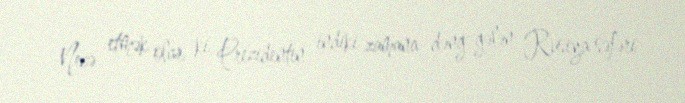
Necə etmək olar ki, Prezidentin indiki zamana dəng gələn Rusiya səfəri